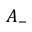
A _ { - }